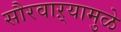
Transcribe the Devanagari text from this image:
सौरवाऱ्यामुळे